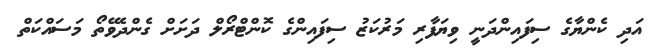
އަދި ކެންޔާގެ ސިފައިންދަނީ ވިޔަފާރި މަރުކަޒު ސިފައިންގެ ކޮންޓްރޯލް ދަށަށް ގެންދެވޭތޯ މަސައްކަތް